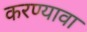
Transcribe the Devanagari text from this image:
करण्यावा